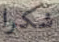
شكرا